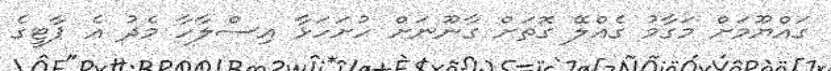
ގައްޔޫމަށް މަގާމު ގެއްލޭ ގޮތަށް ގާނޫނަށް ހުށަހަޅާ އިސްލާހާ މެދު އެ ޕާޓީގެ